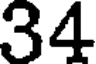
34